Annual administration report of the Civil Veterinary Department of India - 1897-1898
Year: 1897
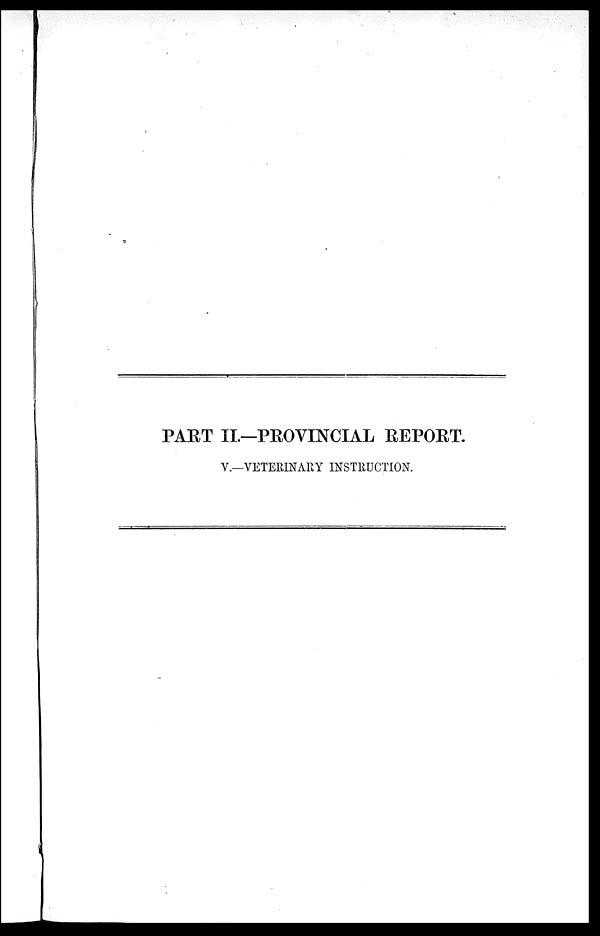
PART II.—PROVINCIAL REPORT.
V.—VETERINARY INSTRUCTION.